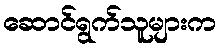
ဆောင်ရွက်သူများက